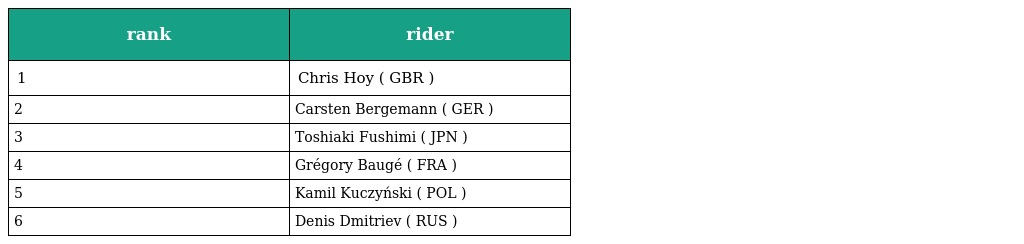
| rank | rider |
 | --- | --- |
 | 1 | Chris Hoy ( GBR ) |
 | 2 | Carsten Bergemann ( GER ) |
 | 3 | Toshiaki Fushimi ( JPN ) |
 | 4 | Grégory Baugé ( FRA ) |
 | 5 | Kamil Kuczyński ( POL ) |
 | 6 | Denis Dmitriev ( RUS ) |